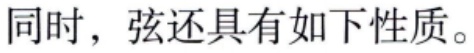
同时，弦还具有如下性质。